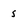
Character: s